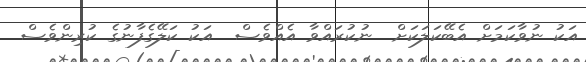
އަކު ނުވާކަމަށް އެބޭކަލަކަށް  ނުކުރައްވާ އެއްވެސް  އަކު ކަލޭގެފާނުގެ ކުރިންވެސް